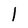
Character: 1